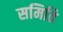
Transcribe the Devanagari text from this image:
समिति